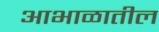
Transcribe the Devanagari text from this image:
आभाळातील